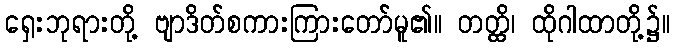
ရှေးဘုရားတို့ ဗျာဒိတ်စကားကြားတော်မူ၏။ တတ္ထိ၊ ထိုဂါထာတို့၌။